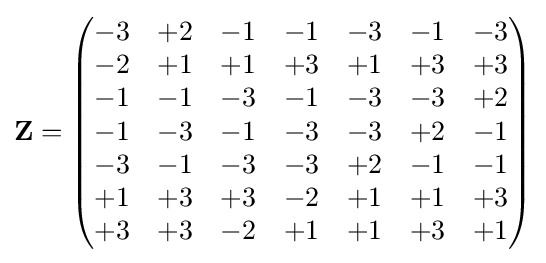
{\mathbf {Z} }=\left({\begin{matrix}-3&+2&-1&-1&-3&-1&-3\\-2&+1&+1&+3&+1&+3&+3\\-1&-1&-3&-1&-3&-3&+2\\-1&-3&-1&-3&-3&+2&-1\\-3&-1&-3&-3&+2&-1&-1\\+1&+3&+3&-2&+1&+1&+3\\+3&+3&-2&+1&+1&+3&+1\end{matrix}}\right)